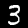
Label: 3